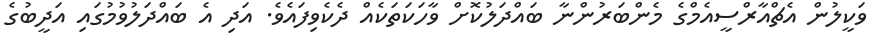
ވަކީލުން އެޗްއާރްސީއެމްގެ މެންބަރުންނާ ބައްދަލުކޮށް ވާހަކަތަކެއް ދެކެވިފައެވެ. އަދި އެ ބައްދަލުވުމުގައި އަދީބުގެ